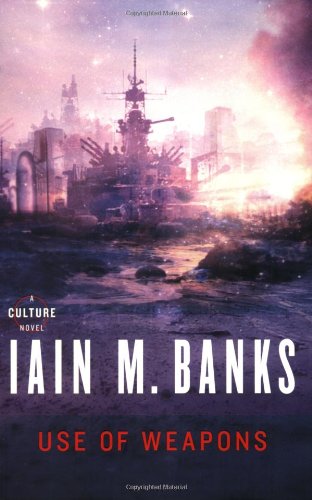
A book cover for Use of Weapons (Culture); Iain M. Banks; Science Fiction & Fantasy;